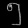
Digit: ၅